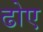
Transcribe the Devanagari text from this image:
ढोए